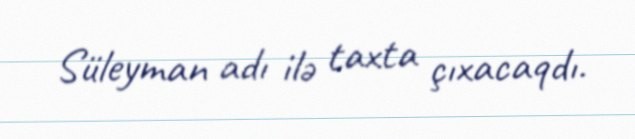
Süleyman adı ilə taxta çıxacaqdı.